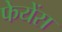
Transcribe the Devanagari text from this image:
फेयेंस